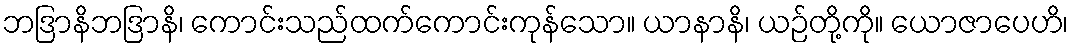
ဘဒြာနိဘဒြာနိ၊ ကောင်းသည်ထက်ကောင်းကုန်သော။ ယာနာနိ၊ ယဉ်တို့ကို။ ယောဇာပေဟိ၊